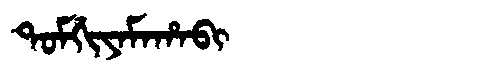
Manchu: ᡨᠣᠮᡤᡳᠶᠠᠮᠠᡥᠠᠪᡳ
Romanization: TOMGIYAMAHABI